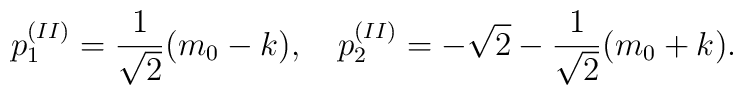
p^{(II)}_1=\frac{1}{\sqrt{2}}(m_0-k),~~~p^{(II)}_2=-\sqrt{2}-\frac{1}{\sqrt{2}}(m_0+k).